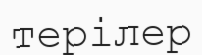
терілер